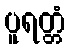
ပူရတ္တံ